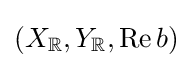
\left(X_{\mathbb {R} },Y_{\mathbb {R} },\operatorname {Re} b\right)